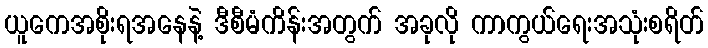
ယူကေအစိုးရအနေနဲ့ ဒီစီမံကိန်းအတွက် အခုလို ကာကွယ်ရေးအသုံးစရိတ်